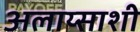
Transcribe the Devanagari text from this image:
अलाय्साशी